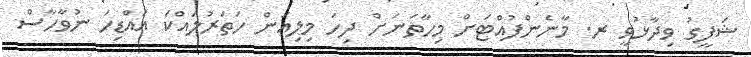
ޝަފީގު ވިދާޅުވީ ރ. މާނެންފުއްޓަށް މިހާތަނަށް ދިހަ މިލިއަން ހަތަރުލައްކަ އައްޑިހަ ނުވާހާސް